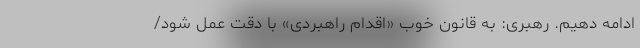
ادامه دهیم. رهبری: به قانونِ خوبِ «اقدام راهبردی» با دقت عمل شود/